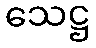
သေဋ္ဌ